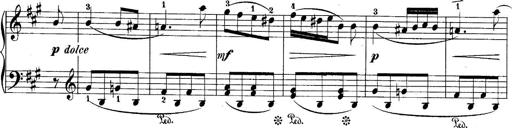
Title: 10 Sonatines progressives
Composer: Anton Schmoll